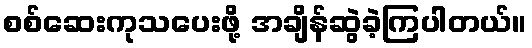
စစ်ဆေးကုသပေးဖို့ အချိန်ဆွဲခဲ့ကြပါတယ်။